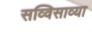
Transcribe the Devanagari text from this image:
सव्विसाव्या